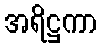
အရိဋ္ဌကာ